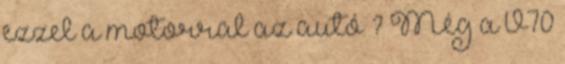
ezzel a motorral az autó ? Még a V70